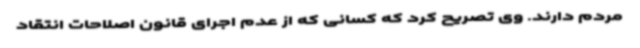
مردم دارند. وی تصریح کرد که کسانی که از عدم اجرای قانون اصلاحات انتقاد